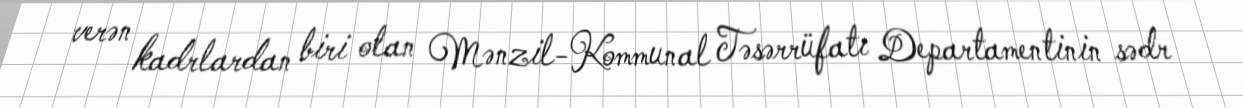
verən kadrlardan biri olan Mənzil-Kommunal Təsərrüfatı Departamentinin sədr